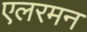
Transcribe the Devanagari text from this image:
एलरमन